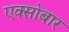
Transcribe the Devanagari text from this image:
एक्सोबार